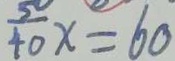
\frac { 5 } { 4 0 } x = 6 0